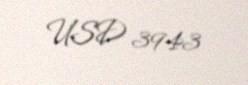
USD 3943